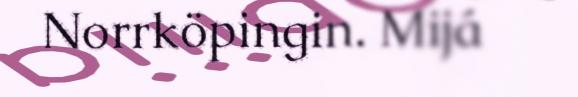
Norrköpingin. Mijá